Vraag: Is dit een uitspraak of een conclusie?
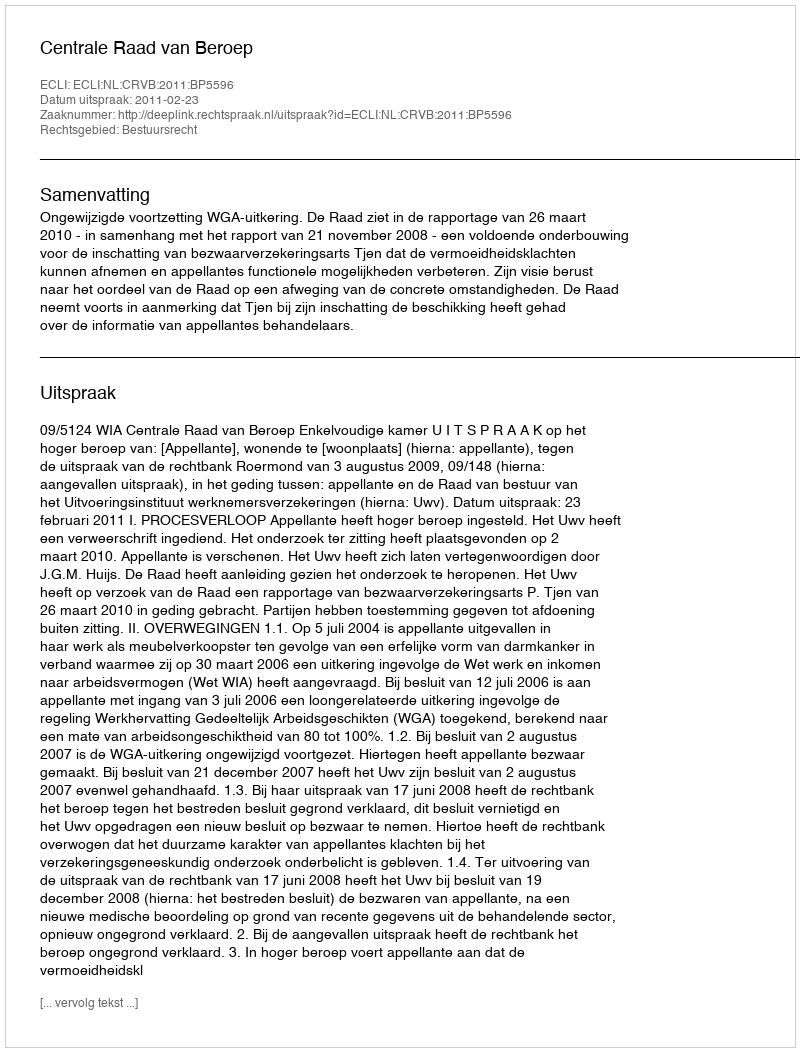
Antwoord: Uitspraak